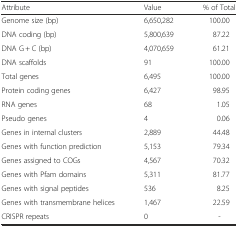
| Attribute | Value | % of Total |
 | --- | --- | --- |
 | Genome size (bp) | 6,650,282 | 100.00 |
 | DNA coding (bp) | 5,800,639 | 87.22 |
 | DNA G + C (bp) | 4,070,659 | 61.21 |
 | DNA scaffolds | 91 | 100.00 |
 | Total genes | 6,495 | 100.00 |
 | Protein coding genes | 6,427 | 98.95 |
 | RNA genes | 68 | 1.05 |
 | Pseudo genes | 4 | 0.06 |
 | Genes in internal clusters | 2,889 | 44.48 |
 | Genes with function prediction | 5,153 | 79.34 |
 | Genes assigned to COGs | 4,567 | 70.32 |
 | Genes with Pfam domains | 5,311 | 81.77 |
 | Genes with signal peptides | 536 | 8.25 |
 | Genes with transmembrane helices | 1,467 | 22.59 |
 | CRISPR repeats | 0 | - |